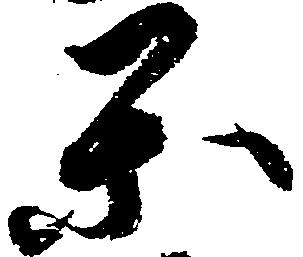
閑